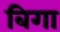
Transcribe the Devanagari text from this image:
बिगा